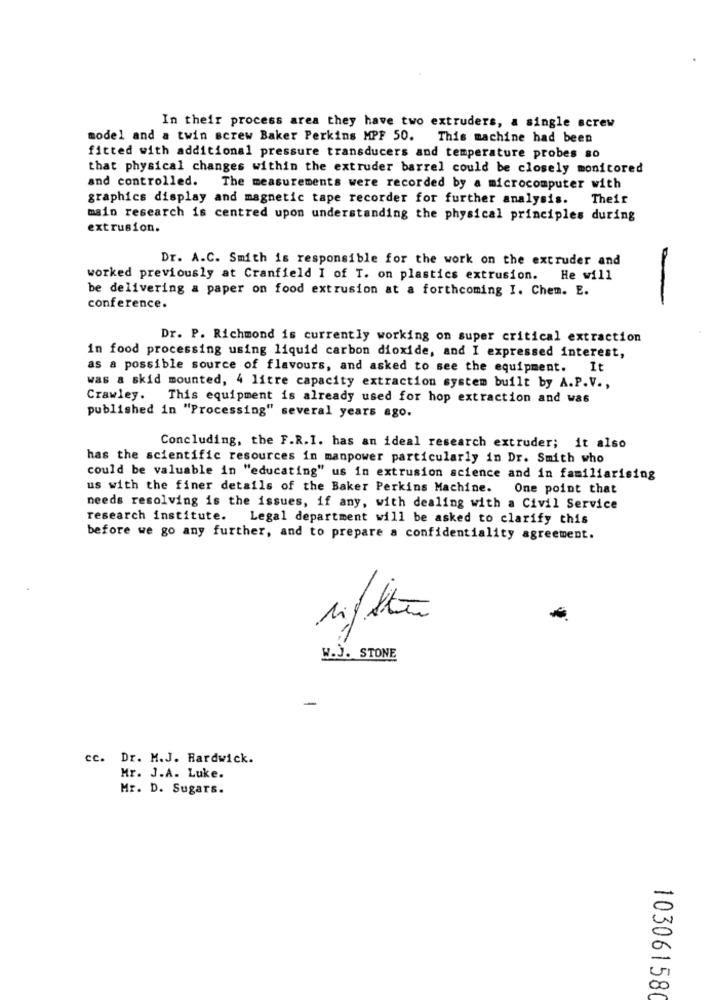
In their process area they have two extruders, a single screw
model and a twin screw Baker Perkins MPF 50. This machine had been
fitted with additional pressure transducers and temperature probes so
that physical changes within the extruder barrel could be closely monitored
and controlled.
The measurements were recorded by a microcomputer with
graphics display and magnetic tape recorder for further analysis.
Their
main research is centred upon understanding the physical principles during
extrusion.
Dr. A.C. Smith is responsible for the work on the extruder and
worked previously at Cranfield I of T. on plastics extrusion. He will
be delivering a paper on food extrusion at a forthcoming I. Chem. E.
conference.
Dr. P. Richmond is currently working on super critical extraction
in food processing using liquid carbon dioxide, and I expressed interest,
as a possible source of flavours, and asked to see the equipment. It
was & skid mounted, 4 litre capacity extraction system built by A.P.V .,
Crawley. This equipment is already used for hop extraction and was
published in "Processing" several years ago.
Concluding, the F.R.I. has an ideal research extruder; it also
has the scientific resources in manpower particularly in Dr. Smith who
could be valuable in "educating" us in extrusion science and in familiarising
us with the finer details of the Baker Perkins Machine. One point that
needs resolving is the issues, if any, with dealing with a Civil Service
research institute.
Legal department will be asked to clarify this
before we go any further, and to prepare a confidentiality agreement.
W.J. STONE
-
cc. Dr. M.J. Hardwick.
Mr. J.A. Luke.
Mr. D. Sugars.
103061580